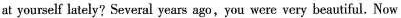
at yourself lately? Several years ago , you were very beautiful. Now